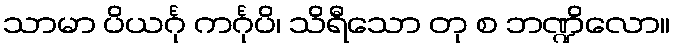
သာမာ ပိယင်္ဂု ကင်္ဂုပိ၊ သိရီသော တု စ ဘဏ္ဍိလော။